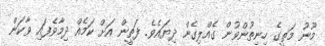
މޫނު މަތީގެ ހިނިތުންވުން ގެއްލިގެން ދިޔައެވެ. ފަތީން އަށް ކަމެއް ދިމާވެފައި ވާކަން